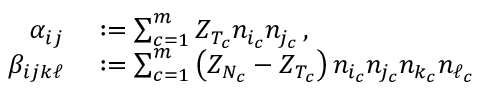
\begin{array} { r l } { \alpha _ { i j } } & { { } : = \sum _ { c = 1 } ^ { m } Z _ { T _ { c } } n _ { i _ { c } } n _ { j _ { c } } \, , } \\ { \beta _ { i j k \ell } } & { { } : = \sum _ { c = 1 } ^ { m } \left( Z _ { N _ { c } } - Z _ { T _ { c } } \right) n _ { i _ { c } } n _ { j _ { c } } n _ { k _ { c } } n _ { \ell _ { c } } } \end{array}